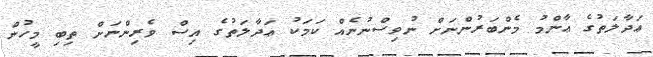
ޢަދާލަތުގެ ޢާންމު މެންބަރުންނަށް ނުވިސްނުނެއް ކަމަކު ޢަދާލަތުގެ އިސް ވެރިންނަށް ތިބި މީހުން